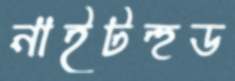
নাইটহুড